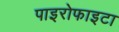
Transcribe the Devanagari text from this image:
पाइरोफाइटा